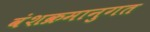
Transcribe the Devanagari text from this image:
वंशक्रमानुगत